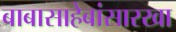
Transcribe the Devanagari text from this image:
बाबासाहेबांसारखा